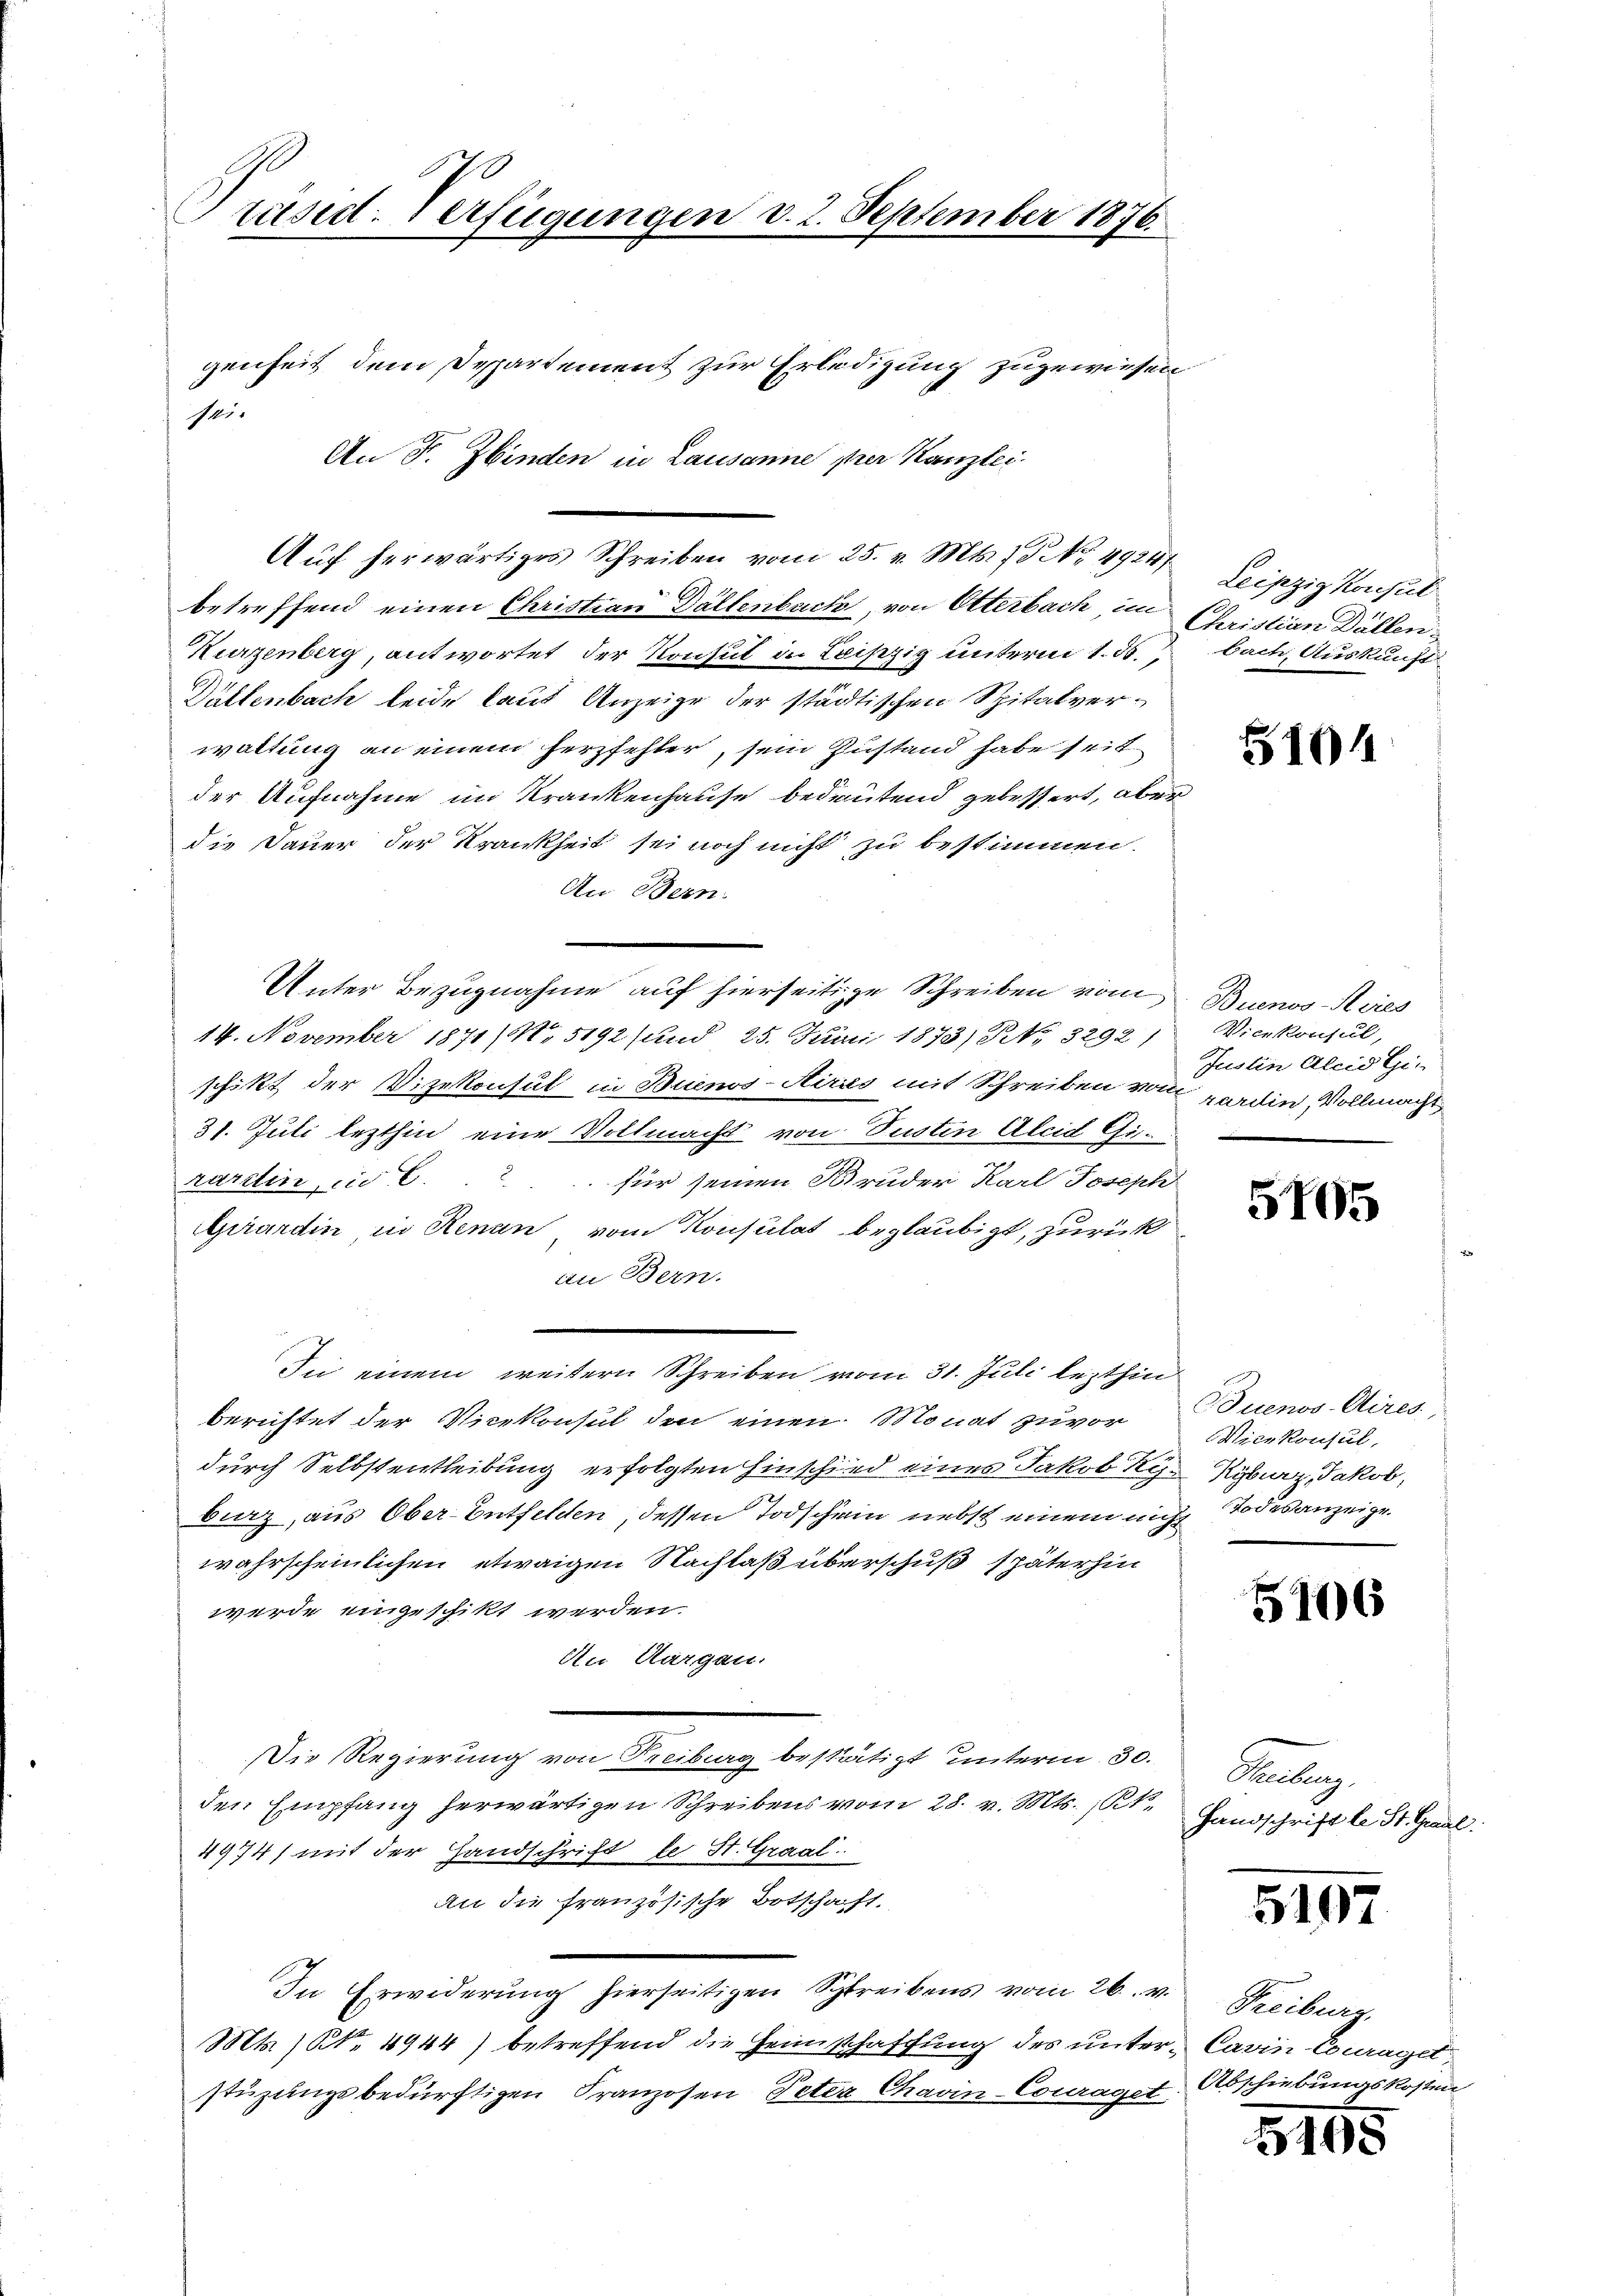
Präsid. Verfügungen v. 2. September 1876.

sei-

genheit dem Departement zur Erledigung zugewiesen
An F. Zbinden in Lausanne per Kanzlei
Aŭf herwärtiges Schreiben vom 25. v. Mts. 15 No 49211
betreffend einen Christian Dällenbuch, von Otterbach, im
Kurzenberg, antwortet der Konsul in Loiszig unterm 1. 55.
Düllenbach leide laut Anzeige der städtischen Spitalverwaltung an einem herzfehler, sein Zustand habe seit
der Aufnahme im Krankenhause bedeutend gebessert, aber
die Dauer der Krankheit sei noch nicht zu bestimmen.
An Bern.
Unter Bezugnahme auf hierseitige Schreiben vom
14. November 1871 /M. 5192 (und 25. Juni 1873/ NNo. 3292)
schikt der Vizekonsul in Buenos-Airies mit Schreiben vom Baadin Vollmacht
31. Juli lezthin eine Vollmacht von Justin Alcid Gi
rartin und C. c. für seinen Bruder Karl Joseph
Girardin, in Renan vom Konsulat beglaubigt, zurück
an Bern.
Den einer Schreiben von der alte beschen
berichtet der Vicekonsul den einen Monat zuvor
durch Selbstentleibung erfolgten Hinschied eines Jakob Sy- Kyburg, Jakob,
bierz, aus Ober-Entfelden, dessen Todschein nebst einem nicht Todesanzeige
wahrscheinlichen etwaigen Nachlaß überschuß späterhin
wurde eingeschikt werden.
An Aargau.
Die Regierung von Freiburg bestätigt unterm 30.
den Empfang herwärtigen Schreibens vom 28. v. Mts., R
4974) mit der Handschrift le St. Graal.
An die Französische Botschaft.
In Erwiderung hierseitigen Streibens vom 26. v. Freiburg,
Mts. (N. 4944) betreffend die Heimschaffung des unter- Cavin Couraget
stüzungsbedürftigen Franzosen Peter Chavin-Couraget

Leipzig Konsul
Christian Düllen.
bach, Auskunft

5101

Buenos-Ries
Vicekonsul,
Justin Alcis Gie

5705

Buenos-Aires,
Nicekonsul,

5106

Kateg
Handschrift le St. Graal.

5197

Abschiebungskosten

3195